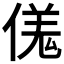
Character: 𫣌